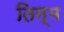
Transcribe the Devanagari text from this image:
तिग्म